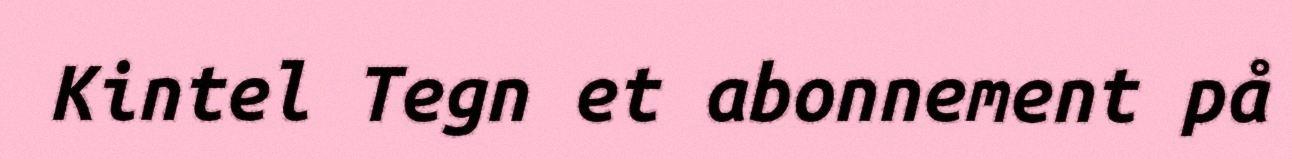
Kintel Tegn et abonnement på